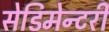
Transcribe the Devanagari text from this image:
सेडिमेन्टरी